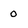
Character: o